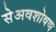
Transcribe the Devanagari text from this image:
सेअवशोषण